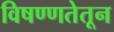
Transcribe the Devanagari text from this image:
विषण्णतेतून